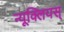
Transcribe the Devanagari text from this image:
न्यूक्लियस्